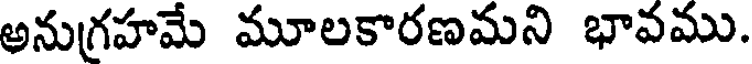
అనుగ్రహమే మూలకారణమని భావము.